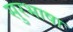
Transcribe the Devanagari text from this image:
सुरभाषा